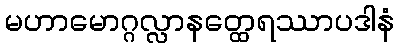
မဟာမောဂ္ဂလ္လာနတ္ထေရဿာပဒါနံ